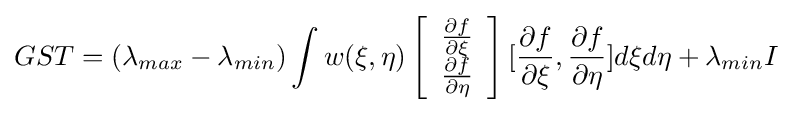
GST=(\lambda _{max}-\lambda _{min})\int w(\xi ,\eta )\left[{\begin{array}{c}{\frac {\partial f}{\partial \xi }}\\{\frac {\partial f}{\partial \eta }}\\\end{array}}\right][{\frac {\partial f}{\partial \xi }},{\frac {\partial f}{\partial \eta }}]d\xi d\eta +\lambda _{min}I